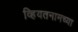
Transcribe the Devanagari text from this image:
व्हियतनामच्या